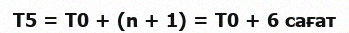
Т5 = Т0 + (n + 1) = Т0 + 6 caғат